Indian journal of veterinary science and animal husbandry - Volumes 24-25, 1954-1955
Year: 1954
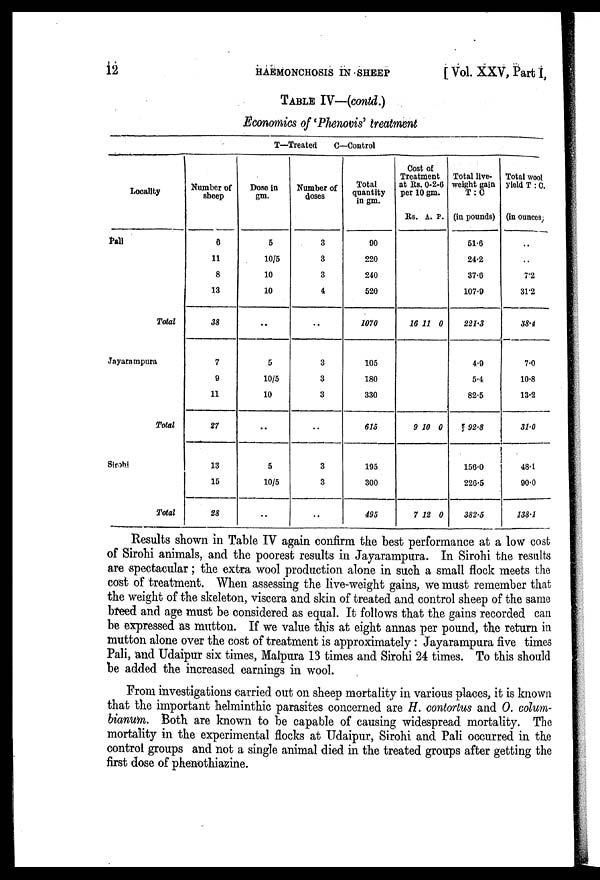
12
HAEMONCHOSIS IN SHEEP
[Vol. XXV, Part I,
TABLE IV—(contd.)
Economics of ' Phenovis' treatment
T—Treated
C—Control
Locality
Pali
Total
Jayarampura
Total
Sirohi
Total
Number of
sheep
6
11
8
13
38
7
9
11
27
13
15
28
Dose in
gm.
5
10/5
10
10
..
5
10/5
10
..
5
10/5
..
doses
3
3
3
4
..
3
3
3
..
3
3
..
Total
quantity
in gm.
90
220
240
520
1070
105
180
330
615
195
300
495
Cost of
Treatment
at Rs. 0-2-6
per 10 gm.
Rs. A. P.
16 11 0
9 10 0
7 12 0
Total live-
weight gain
T : C
(in pounds)
51.6
24.2
37.6
107.9
221.3
4.9
5.4
82.5
92.8
156.0
226.5
382.5
Total wool
yield T : C.
(in ounces)
..
..
7.2
31.2
38.4
7.0
10.8
13.2
31.0
48.1
90.0
138.1
Results shown in Table IV again confirm the best performance at a low cost
of Sirohi animals, and the poorest results in Jayarampura. In Sirohi the results
are spectacular; the extra wool production alone in such a small flock meets the
cost of treatment. When assessing the live-weight gains, we must remember that
the weight of the skeleton, viscera and skin of treated and control sheep of the same
breed and age must be considered as equal. It follows that the gains recorded can
be expressed as mutton. If we value this at eight annas per pound, the return in
mutton alone over the cost of treatment is approximately : Jayarampura five times
Pali, and Udaipur six times, Malpura 13 times and Sirohi 24 times. To this should
be added the increased earnings in wool.
From investigations carried out on sheep mortality in various places, it is known
that the important helminthic parasites concerned are H. contortus and O. colum-
bianum. Both are known to be capable of causing widespread mortality. The
mortality in the experimental flocks at Udaipur, Sirohi and Pali occurred in the
control groups and not a single animal died in the treated groups after getting the
first dose of phenothiazine.